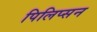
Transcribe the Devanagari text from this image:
पिलिप्सन